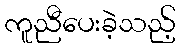
ကူညီပေးခဲ့သည့်